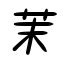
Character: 茉